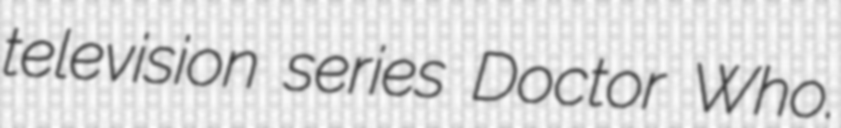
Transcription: television series Doctor Who.